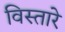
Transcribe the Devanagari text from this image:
विस्तारे